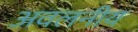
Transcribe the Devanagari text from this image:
अवलनीय